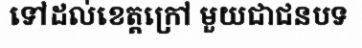
ទៅដល់ខេត្តក្រៅ មួយជាជនបទ